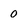
Character: 0